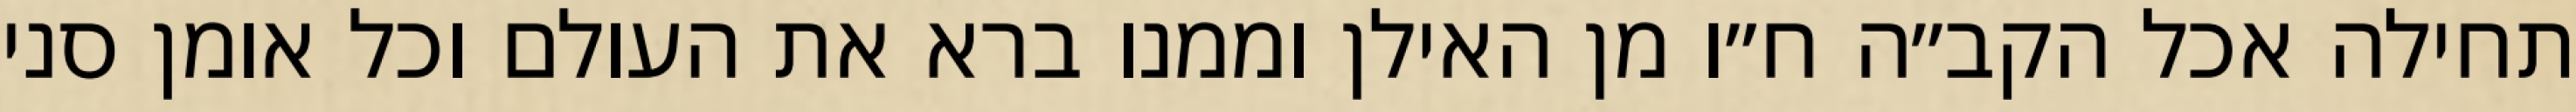
תחילה אכל הקב״ה ח״ו מן האילן וממנו ברא את העולם וכל אומן סני